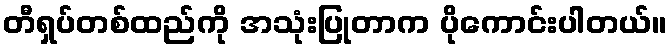
တီရှပ်တစ်ထည်ကို အသုံးပြုတာက ပိုကောင်းပါတယ်။